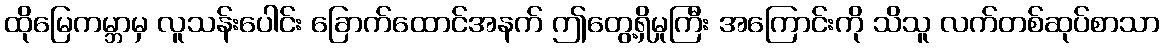
ထိုမြေကမ္ဘာမှ လူသန်းပေါင်း ခြောက်ထောင်အနက် ဤတွေ့ရှိမှုကြီး အကြောင်းကို သိသူ လက်တစ်ဆုပ်စာသာ